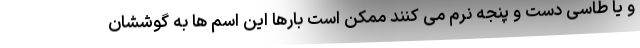
و یا طاسی دست و پنجه نرم می کنند ممکن است بارها این اسم ها به گوششان